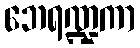
ဘေရဏ္ဍကာ